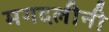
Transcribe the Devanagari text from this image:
मगदलीनी